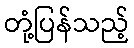
တုံ့ပြန်သည့်